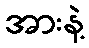
အားနဲ့